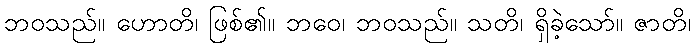
ဘဝသည်။ ဟောတိ၊ ဖြစ်၏။ ဘဝေ၊ ဘဝသည်။ သတိ၊ ရှိခဲ့သော်။ ဇာတိ၊